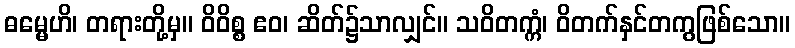
ဓမ္မေဟိ၊ တရားတို့မှ။ ဝိဝိစ္စ ဧဝ၊ ဆိတ်၌သာလျှင်။ သဝိတက္ကံ၊ ဝိတက်နှင်တကွဖြစ်သော။